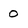
Character: 0